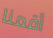
أقمنا